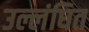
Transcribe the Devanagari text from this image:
उल्लंघित